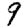
Digit: 9